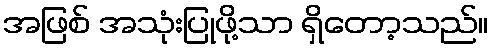
အဖြစ် အသုံးပြုဖို့သာ ရှိတော့သည်။